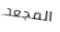
المجعد